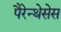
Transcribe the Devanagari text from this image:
पैरेन्थेसेस